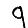
Digit: 9